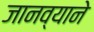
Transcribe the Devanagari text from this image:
जानव्याने